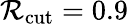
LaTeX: \mathcal{R}_{\mathrm{{cut}}}=0.9